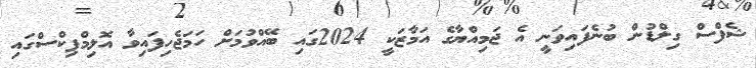
ޝެފްސް ގިލްޑުން ބުނެފައިވަނީ އެ ޖަމިއްޔާގެ އަމާޒަކީ 2024ގައި ބޭއްވުމަށް ހަމަޖެހިފައިވާ އޮލިމްޕިކްސްގައި